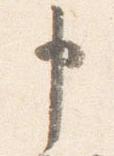
申